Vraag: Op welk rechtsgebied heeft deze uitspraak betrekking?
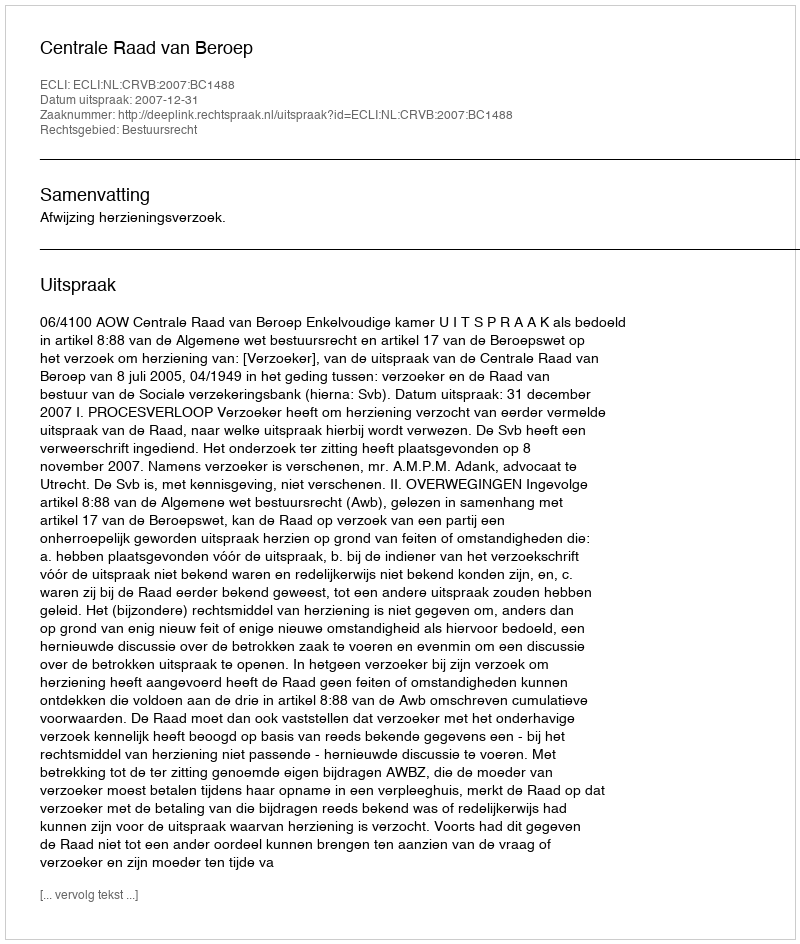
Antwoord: Bestuursrecht